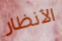
الأنظار